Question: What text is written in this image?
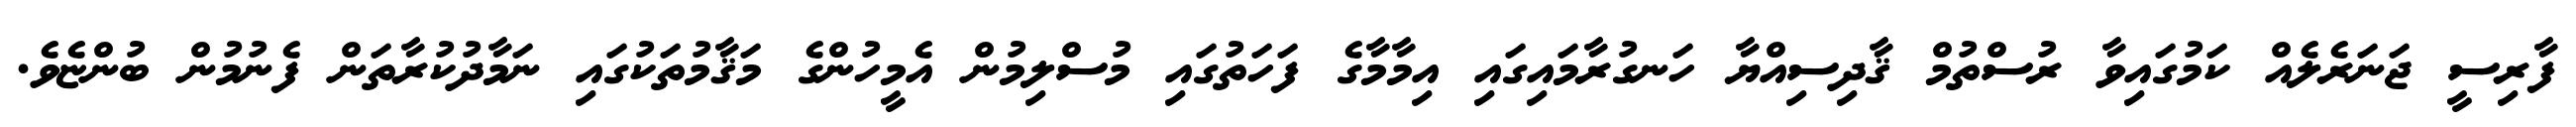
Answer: ފާރިސީ ޖަނަރެލެއް ކަމުގައިވާ ރުސްތުމް ޤާދިސިއްޔާ ހަނގުރާމައިގައި އިމާމާގެ ފަހަތުގައި މުސްލިމުން އެމީހުންގެ މަޤާމުތަކުގައި ނަމާދުކުރާތަން ފެނުމުން ބުންޏެވެ.